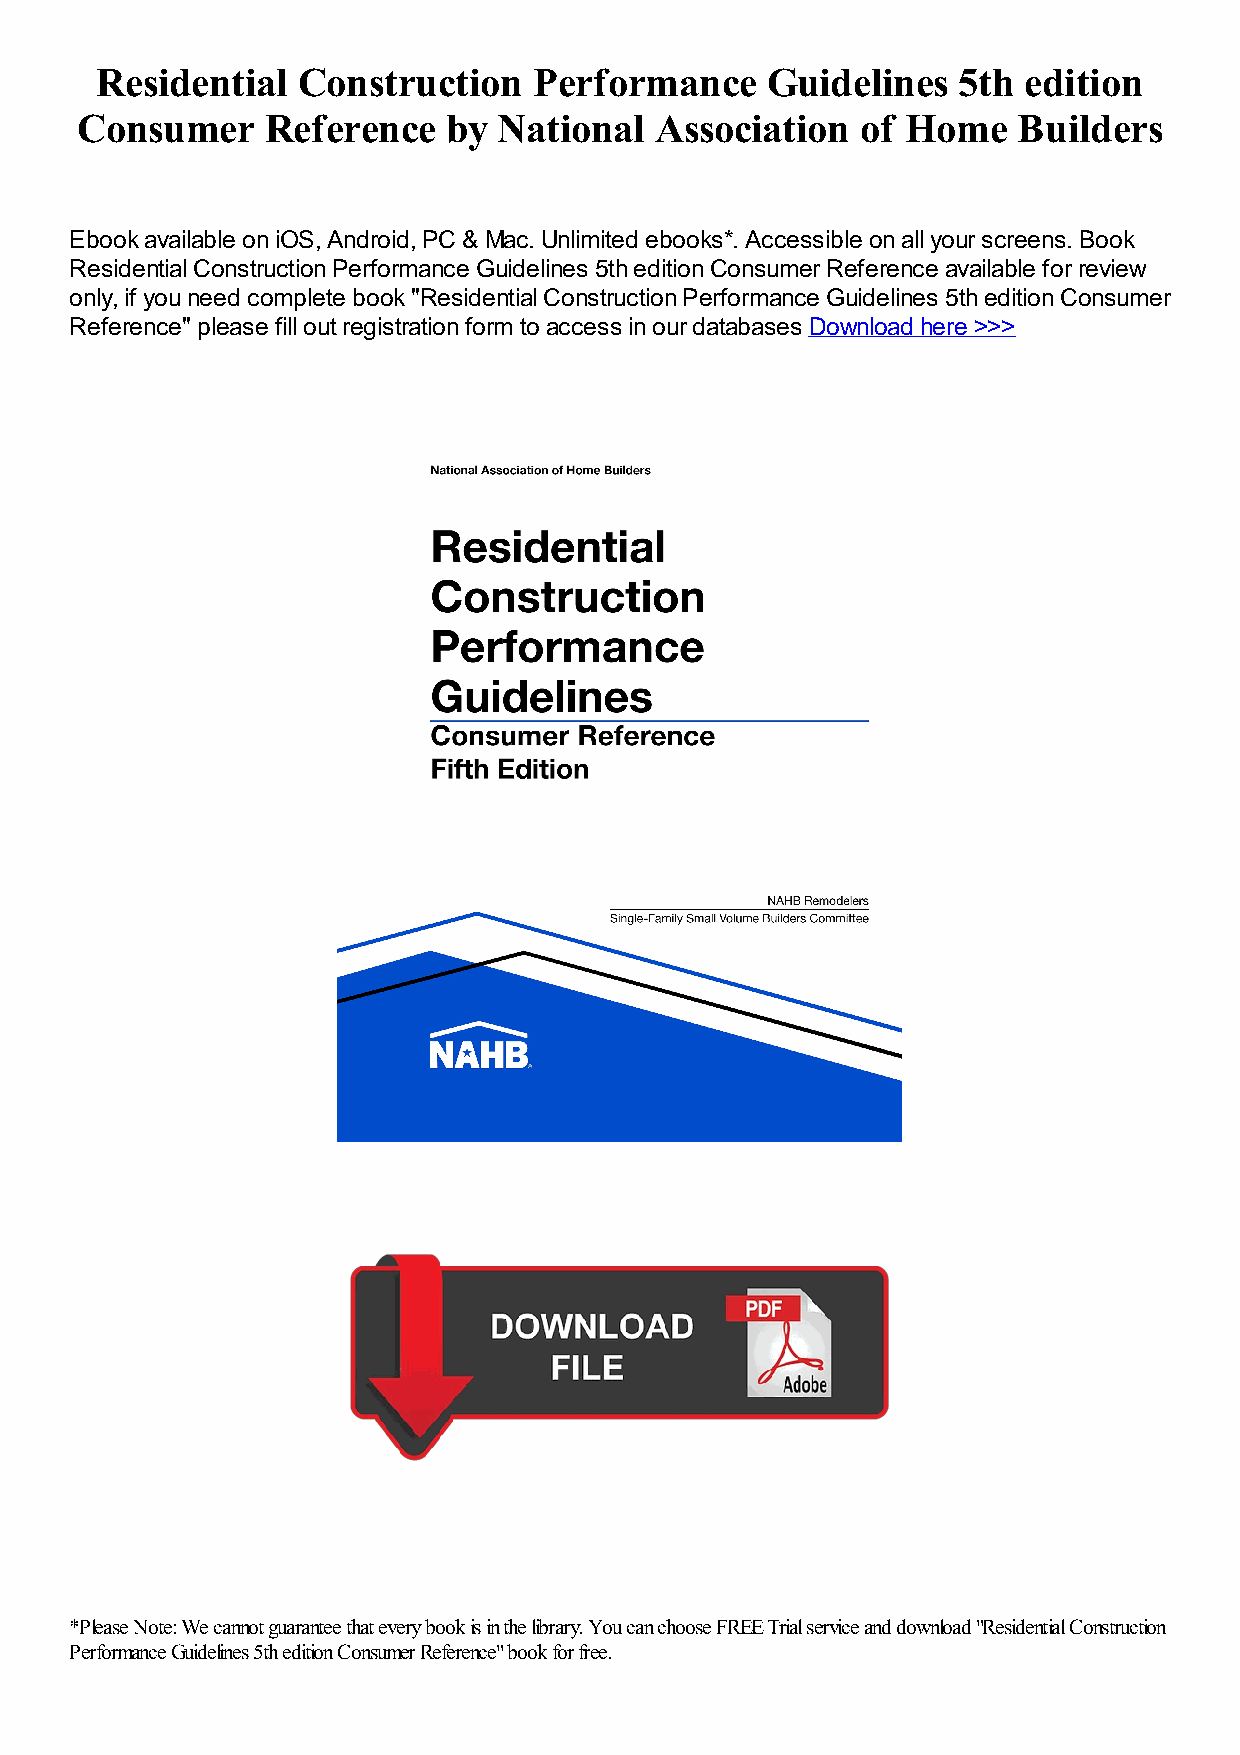
Residential   Construction   Performance     Guidelines  5th  edition
 Consumer     Reference   by National  Association   of Home   Builders
 Ebook available on iOS, Android, PC & Mac. Unlimited ebooks*. Accessible on all your screens. Book
 Residential Construction Performance Guidelines 5th edition Consumer Reference available for review
 only, if you need complete book "Residential Construction Performance Guidelines 5th edition Consumer
 Reference" please fill out registration form to access in our databases Download here >>>
 *Please Note: We cannot guarantee that every book is in the library. You can choose FREE Trial service and download "Residential Construction
 Performance Guidelines 5th edition Consumer Reference" book for free.